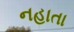
નહાતા